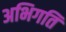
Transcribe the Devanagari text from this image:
अभिगति